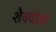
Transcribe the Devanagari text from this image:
शैवदीक्षा